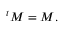
{ } ^ { t } M = M .